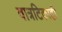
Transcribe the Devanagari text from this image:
वात्रटिकाही